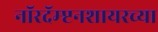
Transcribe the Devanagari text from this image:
नॉरदॅम्प्टनशायरच्या